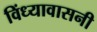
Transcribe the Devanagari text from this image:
विंध्यावासनी